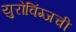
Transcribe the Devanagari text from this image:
युरोविंग्जची